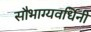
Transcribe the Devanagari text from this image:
सौभाग्यवर्धिनी